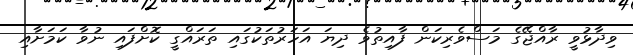
ވިދާޅުވީ ރާއްޖޭގެ މަސްވެރިކަން ފާއިތުވެ ދިޔަ އަހަރުތަކުގައި ތަރައްގީ ކޮށްފައި ނުވާ ކަމަށާއި